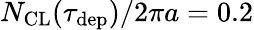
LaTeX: N_{\mathrm{CL}}(\tau_{\mathrm{dep}})/2\pi a=0.2